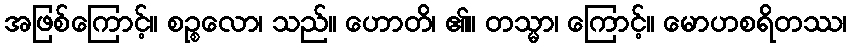
အဖြစ်ကြောင့်။ စဉ္စလော၊ သည်။ ဟောတိ၊ ၏။ တသ္မာ၊ ကြောင့်။ မောဟစရိတဿ၊